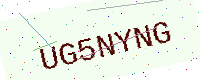
Text: UG5NYNG